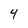
Character: 4